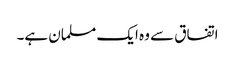
اتفاق سے وہ ایک مسلمان ہے۔